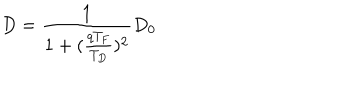
D = \frac { 1 } { 1 + ( \frac { q T _ { F } } { T _ { D } } ) ^ { 2 } } D _ { 0 }